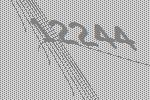
12244